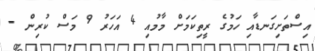
އިސްތަށިގަނޑާއި ހަމުގެ ރީތިކަމަށް މާމުއި 4 އަހަރު 9 މަސް ކުރިން -